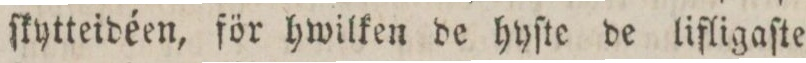
ſkytteidéen, för hwilken de hyſte de lifligaſte